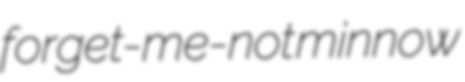
forget-me-not minnow